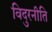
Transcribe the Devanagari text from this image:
विदुरनीति